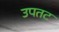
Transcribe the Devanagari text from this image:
उपतट